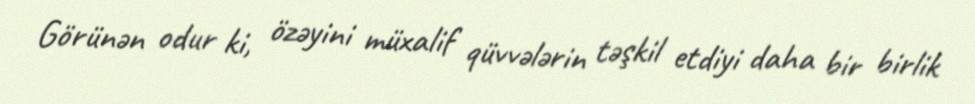
Görünən odur ki, özəyini müxalif qüvvələrin təşkil etdiyi daha bir birlik